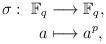
LaTeX: \begin{align*} \sigma:\ \mathbb{F}_q & \longrightarrow \mathbb{F}_q, \\ a & \longmapsto a^p, \end{align*}